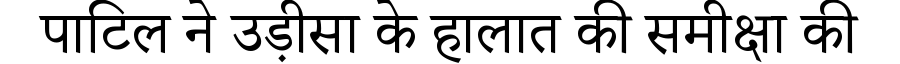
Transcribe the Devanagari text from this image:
पाटिल ने उड़ीसा के हालात की समीक्षा की